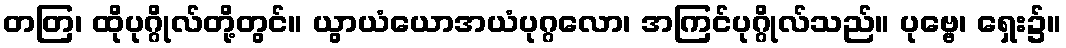
တတြ၊ ထိုပုဂ္ဂိုလ်တို့တွင်။ ယွာယံယောအယံပုဂ္ဂလော၊ အကြင်ပုဂ္ဂိုလ်သည်။ ပုဗ္ဗေ၊ ရှေး၌။